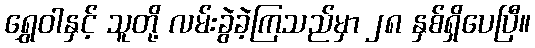
ရွှေဝါနှင့် သူတို့ လမ်းခွဲခဲ့ကြသည်မှာ ၂၈ နှစ်ရှိပေပြီ။